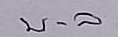
บ - ล